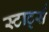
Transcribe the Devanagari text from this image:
स्टार्ट्स